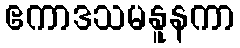
ဧကာဒသမနူနကာ